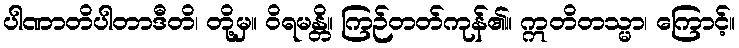
ပါဏာတိပါတာဒီတိ၊ တို့မှ။ ဝိရမန္တိ။ ကြဉ်တတ်ကုန်၏။ ဣတိတသ္မာ၊ ကြောင့်။